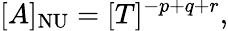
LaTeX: [A]_{\mathrm{NU}}=[T]^{-p+q+r},